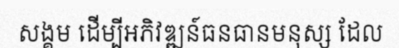
សង្គម ដើម្បីអភិវឌ្ឍន៍ធនធានមនុស្ស ដែល